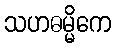
သဟဓမ္မိကေ